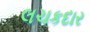
લચકદાર